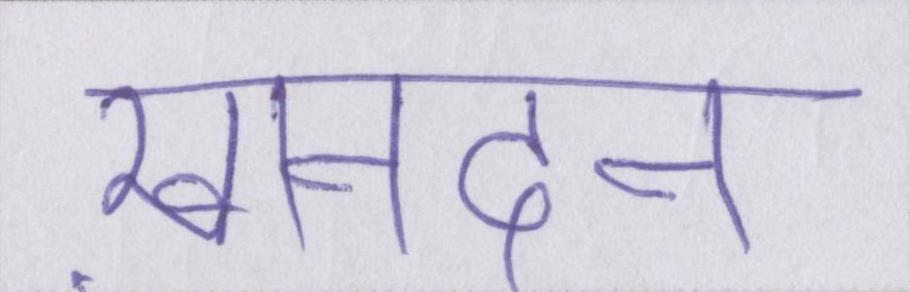
ख़ानदान